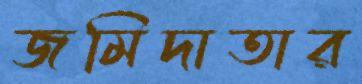
জমিদাতার